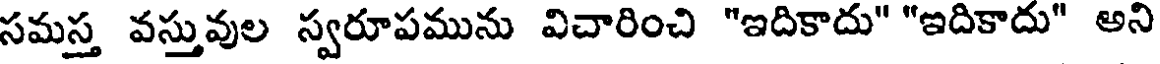
సమస్త వస్తువుల స్వరూపమును విచారించి "ఇదికాదు" "ఇదికాదు" అని